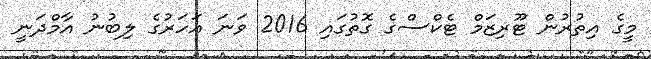
މީގެ އިތުރުން ޓޫރިޒަމް ޓެކްސްގެ ގޮތުގައި 2016 ވަނަ އަހަރުގެ ލިބުނު އާމްދަނީ